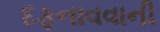
દફનાવવાની